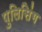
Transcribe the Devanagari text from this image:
पुलिसिंग